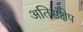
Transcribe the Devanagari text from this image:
अतिसंक्षेप